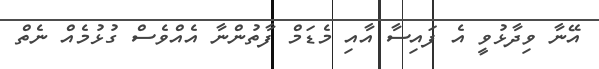
އޭނާ ވިދާޅުވީ އެ ފައިސާ އާއި މެޑަމް ފާތުންނާ އެއްވެސް ގުޅުމެއް ނެތް